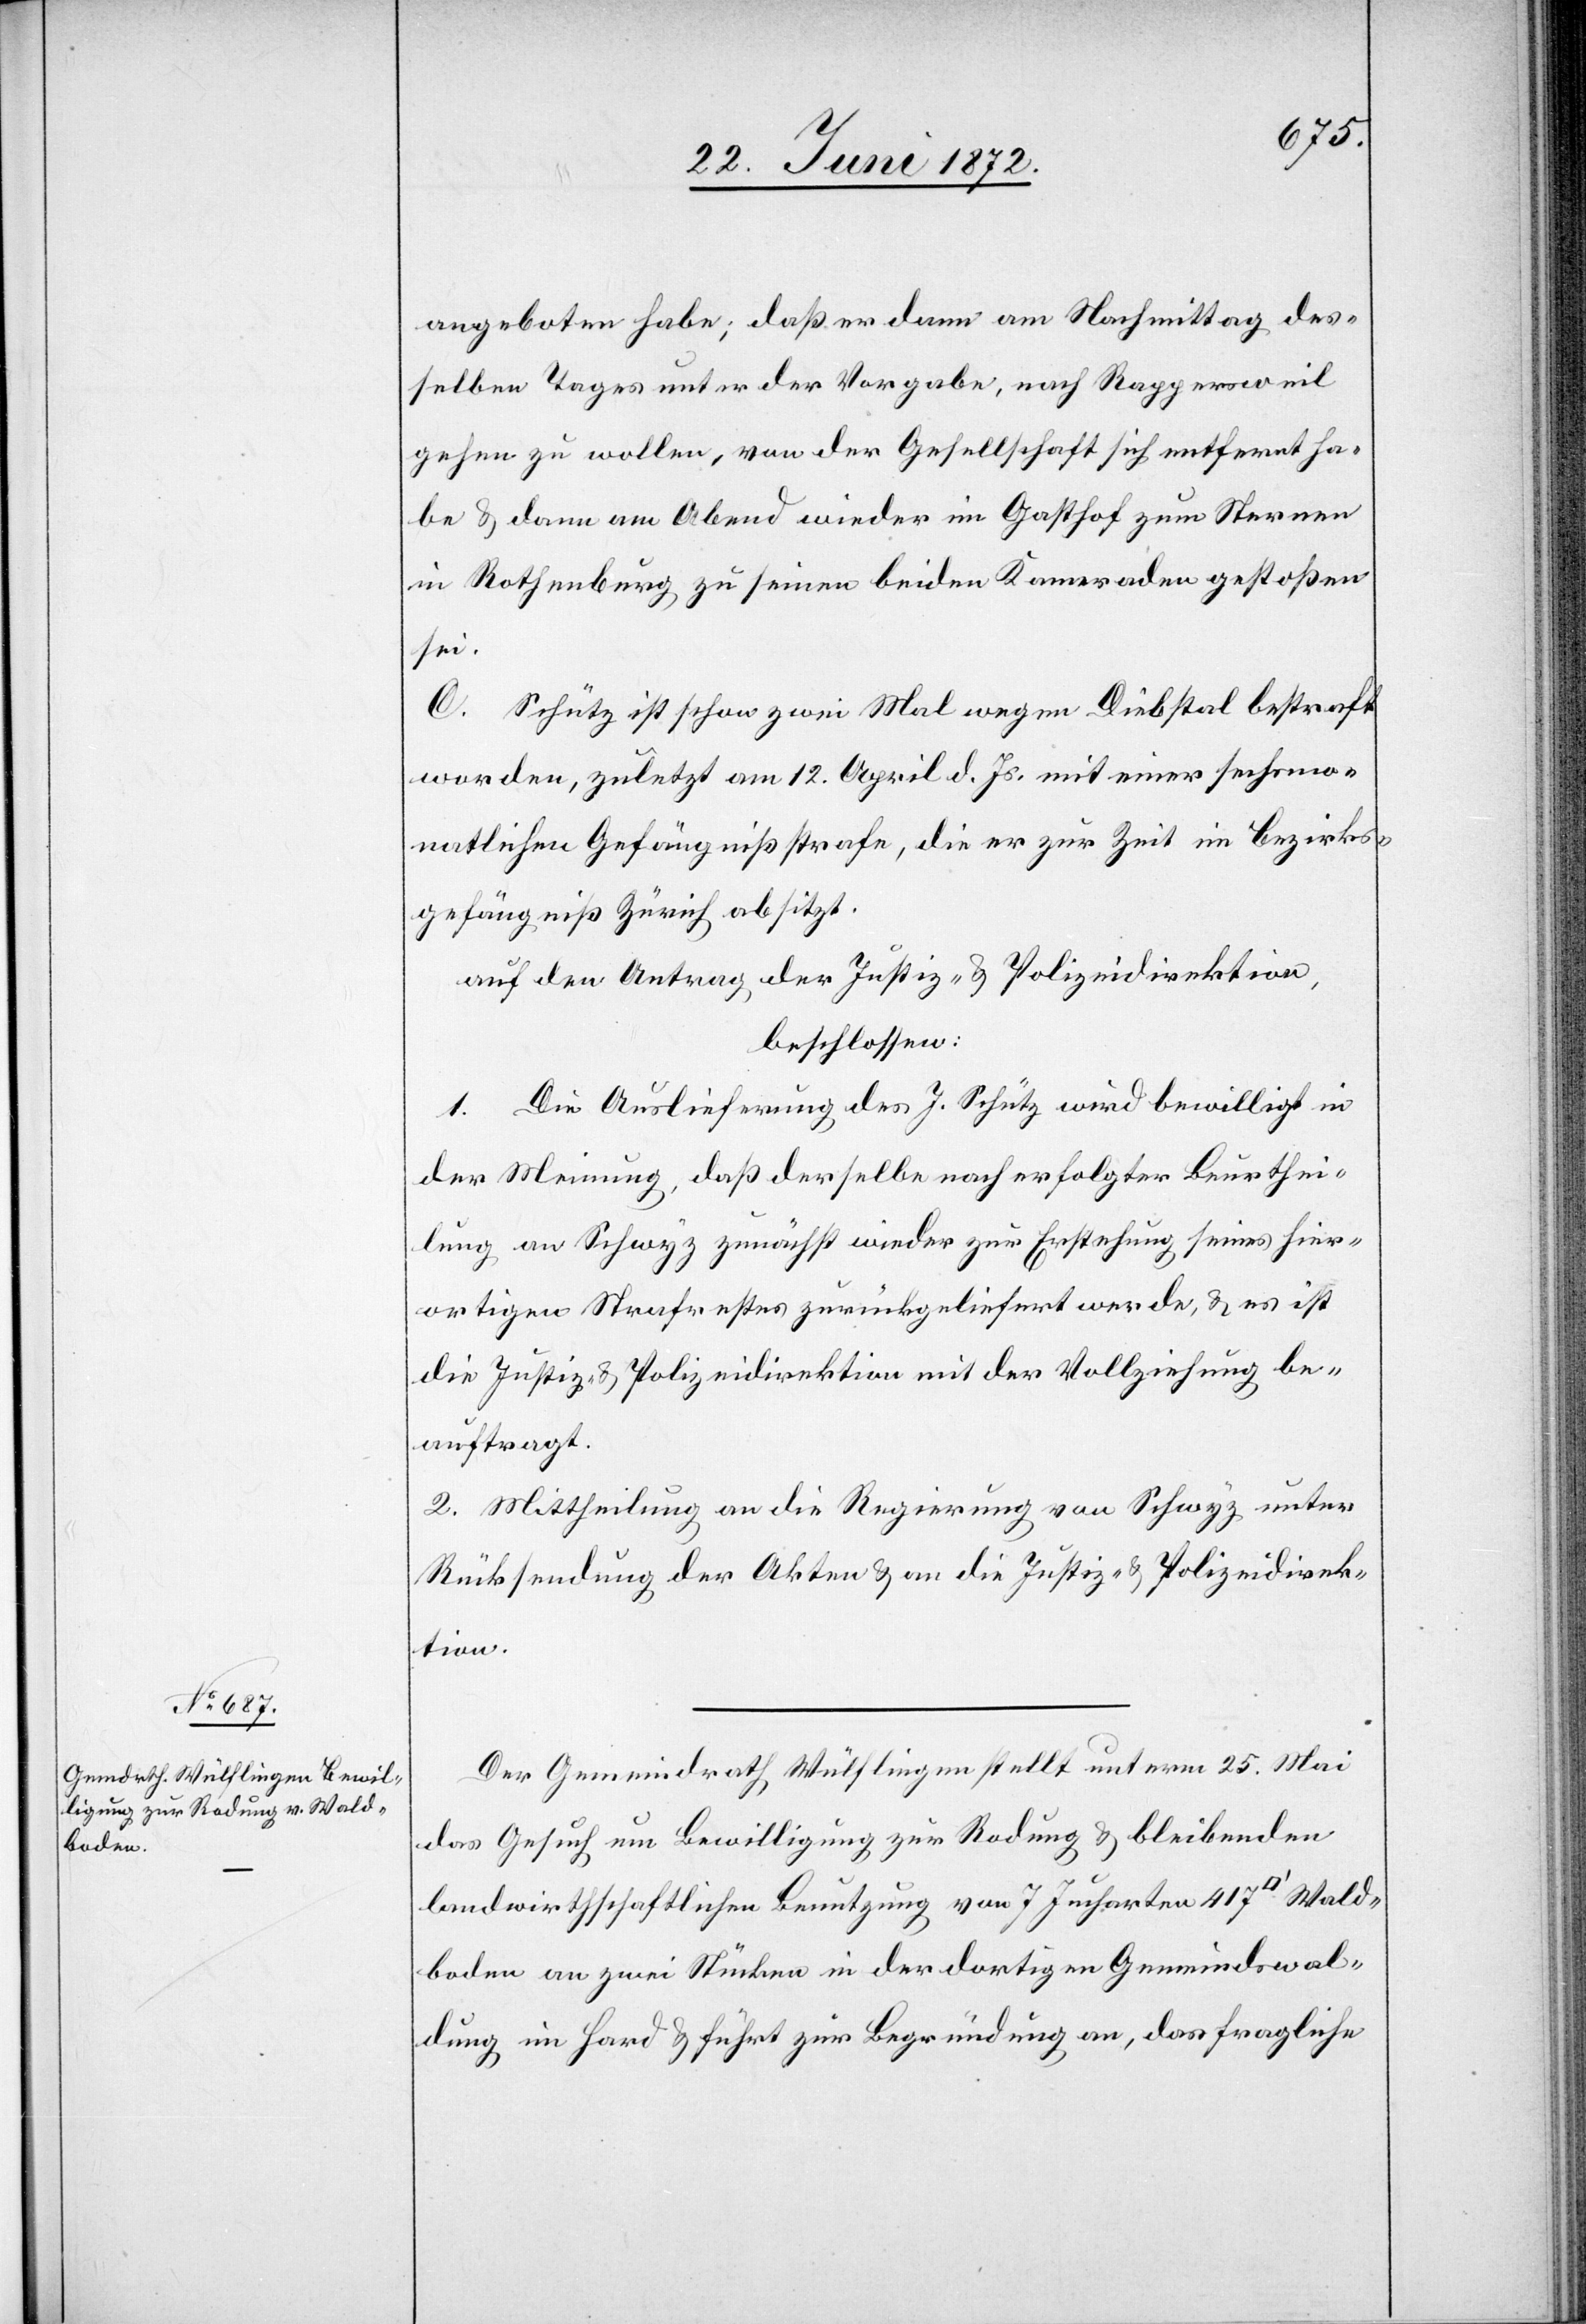
Wald¬
angeboten habe; daß er dann am Nachmittag des¬
selben Tages unter der Vorgabe, nach Rappersweil
gehen zu wollen, von der Gesellschaft sich entfernt ha¬
be u. dann am Abend wieder im Gasthof zum Sternen
in Rothenberg zu seinen beiden Kameraden gestoßen
sei.
C. Schütz ist schon zwei Mal wegen Diebstal bestraft
worden, zuletzt am 12. April d. Js. mit einer sechsmo¬
natlichen Gefängnißstrafe, die er zur Zeit im Bezirks¬
gefängniß Zürich absitzt.
auf den Antrag der Justiz- u. Polizeidirektion,
beschlossen:
1. Die Auslieferung des J. Schütz wird bewilligt in
der Meinung, daß derselbe nach erfolgter Beurthei¬
lung an Schwyz zunächst wieder zur Erstehung seines hier¬
ortigen Strafrestes zurückgeliefert werde, u. es ist
die Justiz- u. Polizeidirektion mit der Vollziehung be¬
auftragt.
2. Mittheilung an die Regierung von Schwyz unter
Rücksendung der Akten u. an die Justiz- u. Polizeidirek¬
tion.
Der Gemeindrath Wülflingen stellt unterm 25. Mai
das Gesuch um Bewilligung zur Rodung u. bleibenden
landwirthschaftlichen Benutzung von 7 Jucharten 417 [Quad¬
boden an zwei Stücken in der dortigen Gemeindswal¬
dung im Hard u. führt zur Begründung an, das fragliche